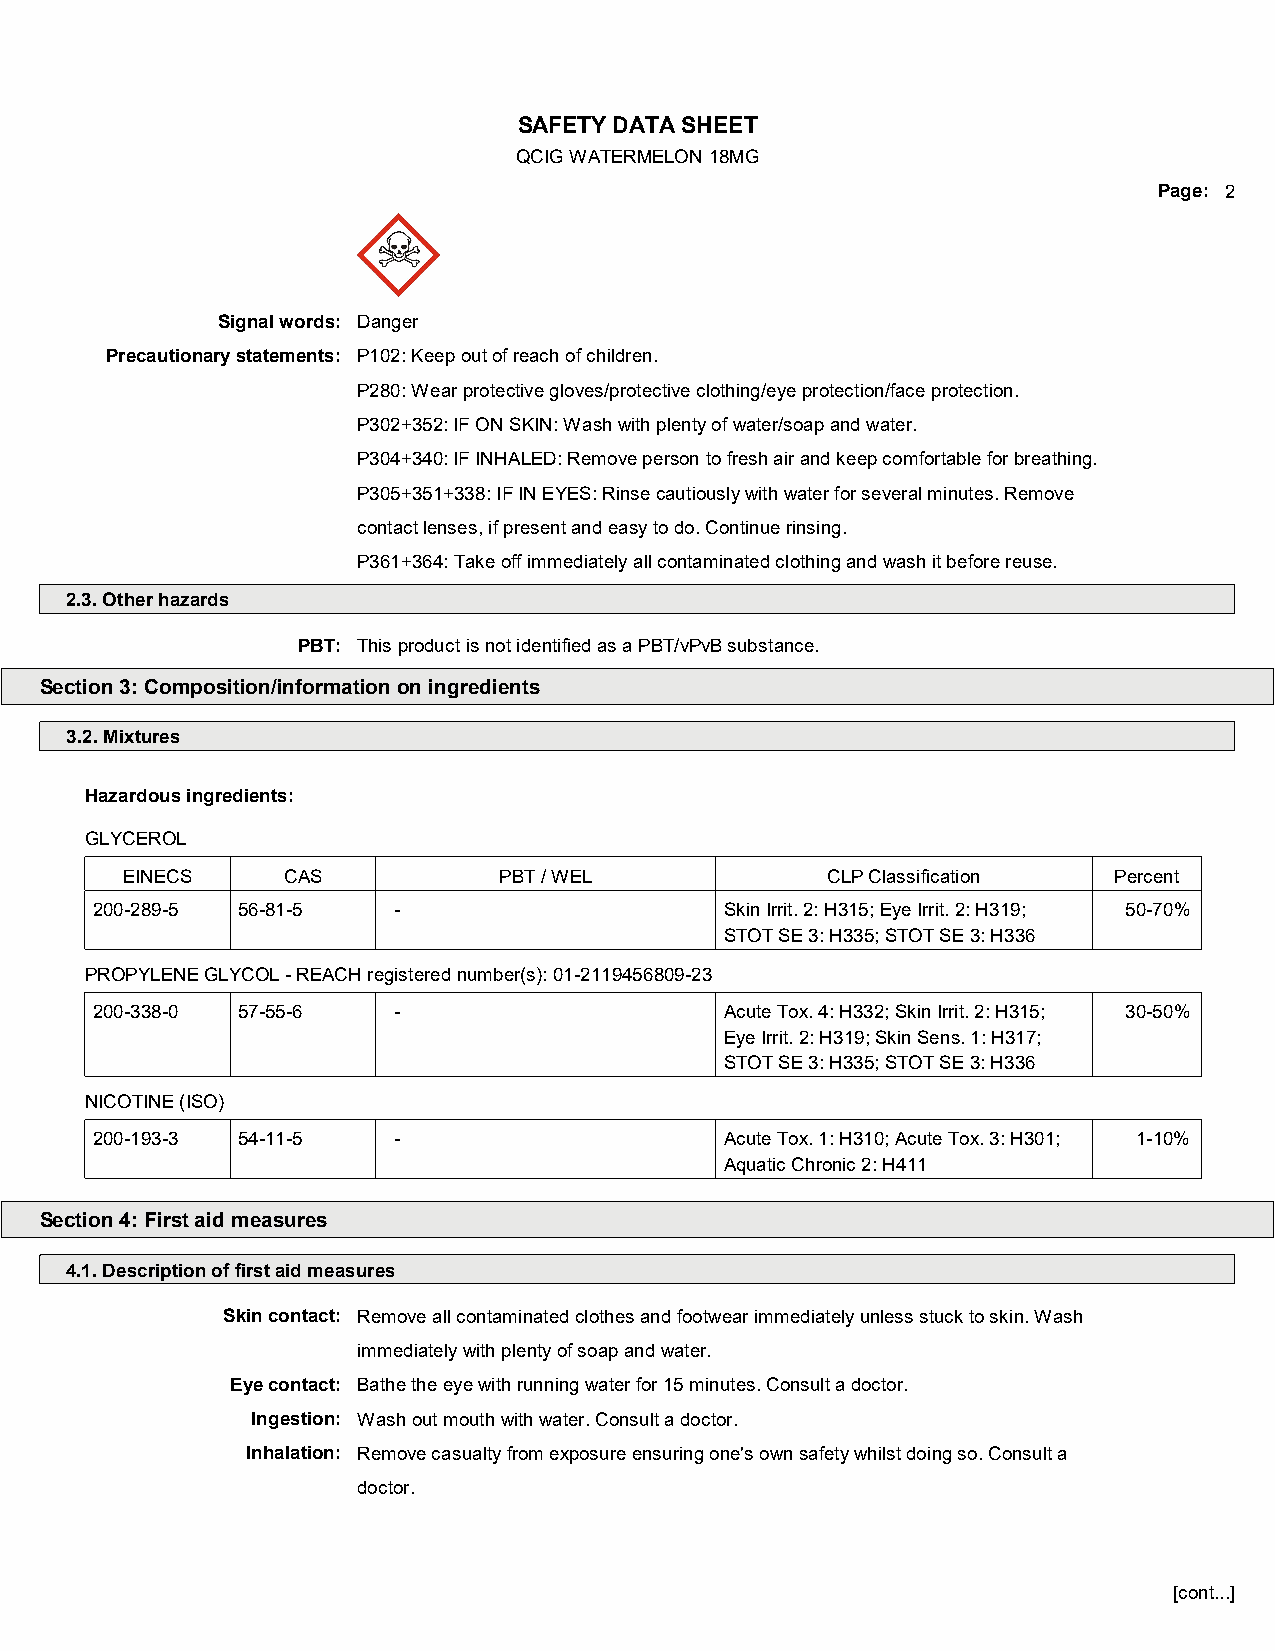
SAFETY DATA SHEET
 QCIG WATERMELON 18MG
 Page: 2
 Signal words: Danger
 Precautionary statements: P102: Keep out of reach of children.
 P280: Wear protective gloves/protective clothing/eye protection/face protection.
 P302+352: IF ON SKIN: Wash with plenty of water/soap and water.
 P304+340: IF INHALED: Remove person to fresh air and keep comfortable for breathing.
 P305+351+338: IF IN EYES: Rinse cautiously with water for several minutes. Remove
 contact lenses, if present and easy to do. Continue rinsing.
 P361+364: Take off immediately all contaminated clothing and wash it before reuse.
 2.3. Other hazards
 PBT: This product is not identified as a PBT/vPvB substance.
 Section 3: Composition/information on ingredients
 3.2. Mixtures
 Hazardous ingredients:
 GLYCEROL
 EINECS     CAS           PBT / WEL             CLP Classification Percent
 200-289-5 56-81-5   -                     Skin Irrit. 2: H315; Eye Irrit. 2: H319; 50-70%
 STOT SE 3: H335; STOT SE 3: H336
 PROPYLENE GLYCOL - REACH registered number(s): 01-2119456809-23
 200-338-0 57-55-6   -                     Acute Tox. 4: H332; Skin Irrit. 2: H315; 30-50%
 Eye Irrit. 2: H319; Skin Sens. 1: H317;
 STOT SE 3: H335; STOT SE 3: H336
 NICOTINE (ISO)
 200-193-3 54-11-5   -                     Acute Tox. 1: H310; Acute Tox. 3: H301; 1-10%
 Aquatic Chronic 2: H411
 Section 4: First aid measures
 4.1. Description of first aid measures
 Skin contact: Remove all contaminated clothes and footwear immediately unless stuck to skin. Wash
 immediately with plenty of soap and water.
 Eye contact: Bathe the eye with running water for 15 minutes. Consult a doctor.
 Ingestion: Wash out mouth with water. Consult a doctor.
 Inhalation: Remove casualty from exposure ensuring one's own safety whilst doing so. Consult a
 doctor.
 [cont...]